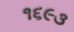
૧૬૯૩